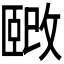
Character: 𫿉